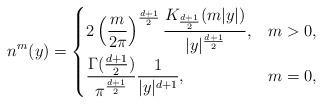
LaTeX: \begin{align*}n^{m}(y)= \begin{cases}\displaystyle 2\left (\frac{m}{2\pi}\right)^{\frac{d+1}{2}}\frac{K_{\frac{d+1}{2}}(m|y|)}{|y|^{\frac{d+1}{2}}}, & m>0, \\ \displaystyle \frac{\Gamma (\tfrac{d+1}{2})}{\pi^{\frac{d+1}{2}}} \frac{1}{|y|^{d+1}}, & m=0,\end{cases}\end{align*}